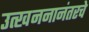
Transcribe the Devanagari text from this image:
उत्खननानंतरचे